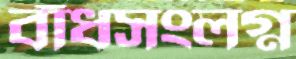
বাঁধসংলগ্ন